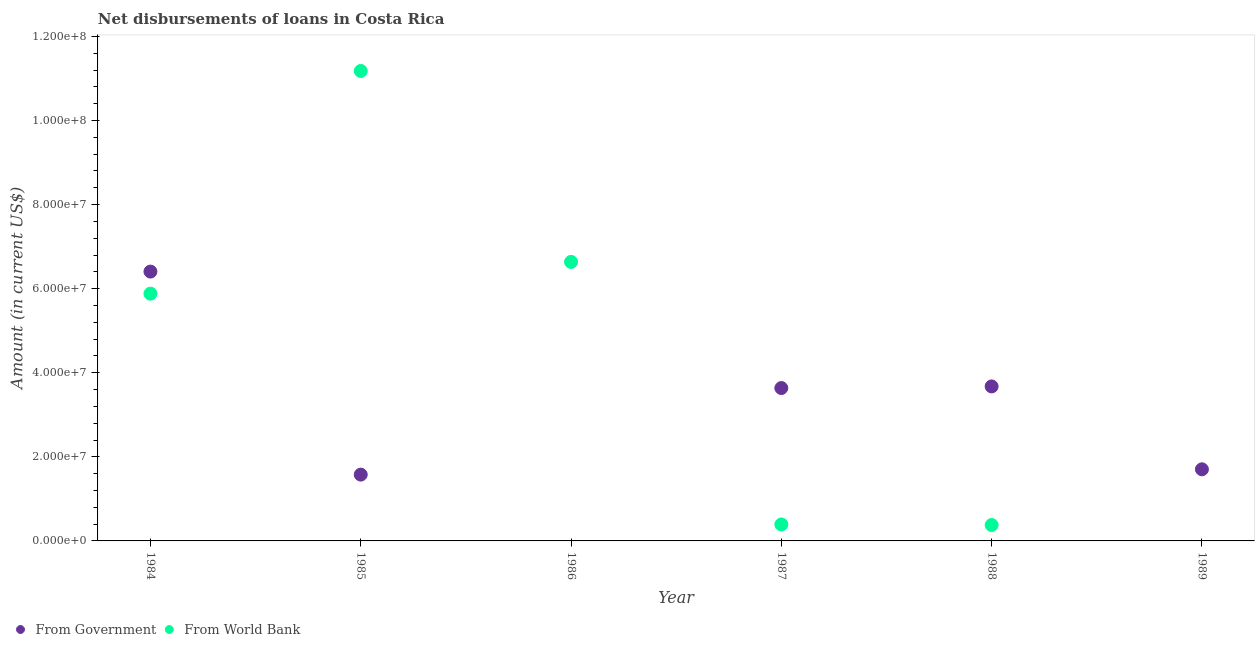
| Year | From Government | From World Bank |
 | --- | --- | --- |
 | 1984 | 6.41e+07 | 5.88e+07 |
 | 1985 | 1.58e+07 | 1.12e+08 |
 | 1986 | -5.99e+07 | 6.64e+07 |
 | 1987 | 3.64e+07 | 3.92e+06 |
 | 1988 | 3.68e+07 | 3.78e+06 |
 | 1989 | 1.7e+07 | -9.38e+06 |